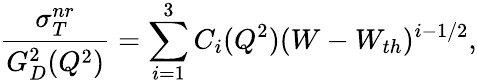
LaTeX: {\frac{\sigma_{T}^{nr}}{G_{D}^{2}(Q^{2})}}=\sum_{i=1}^{3}C_{i}(Q^{2})(W-W_{th})^{i-1/2},